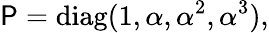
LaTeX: \mathsf{P}=\mathrm{{diag}}(1,\alpha,\alpha^{2},\alpha^{3}),